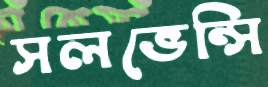
সলভেন্সি